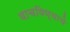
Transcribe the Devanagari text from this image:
वाचविण्याचे